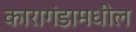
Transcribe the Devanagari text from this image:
कारागंडामधील